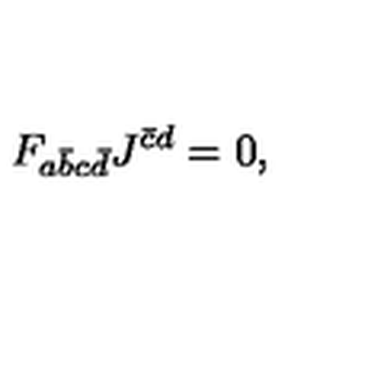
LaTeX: F _ { a \bar { b } c \bar { d } } J ^ { \bar { c } d } = 0 ,